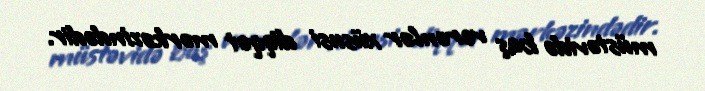
müstəvidə baş verənlər xüsusi diqqət mərkəzindədir.